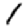
Digit: 1